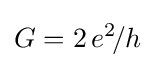
G=2\,e^{2}\!/h